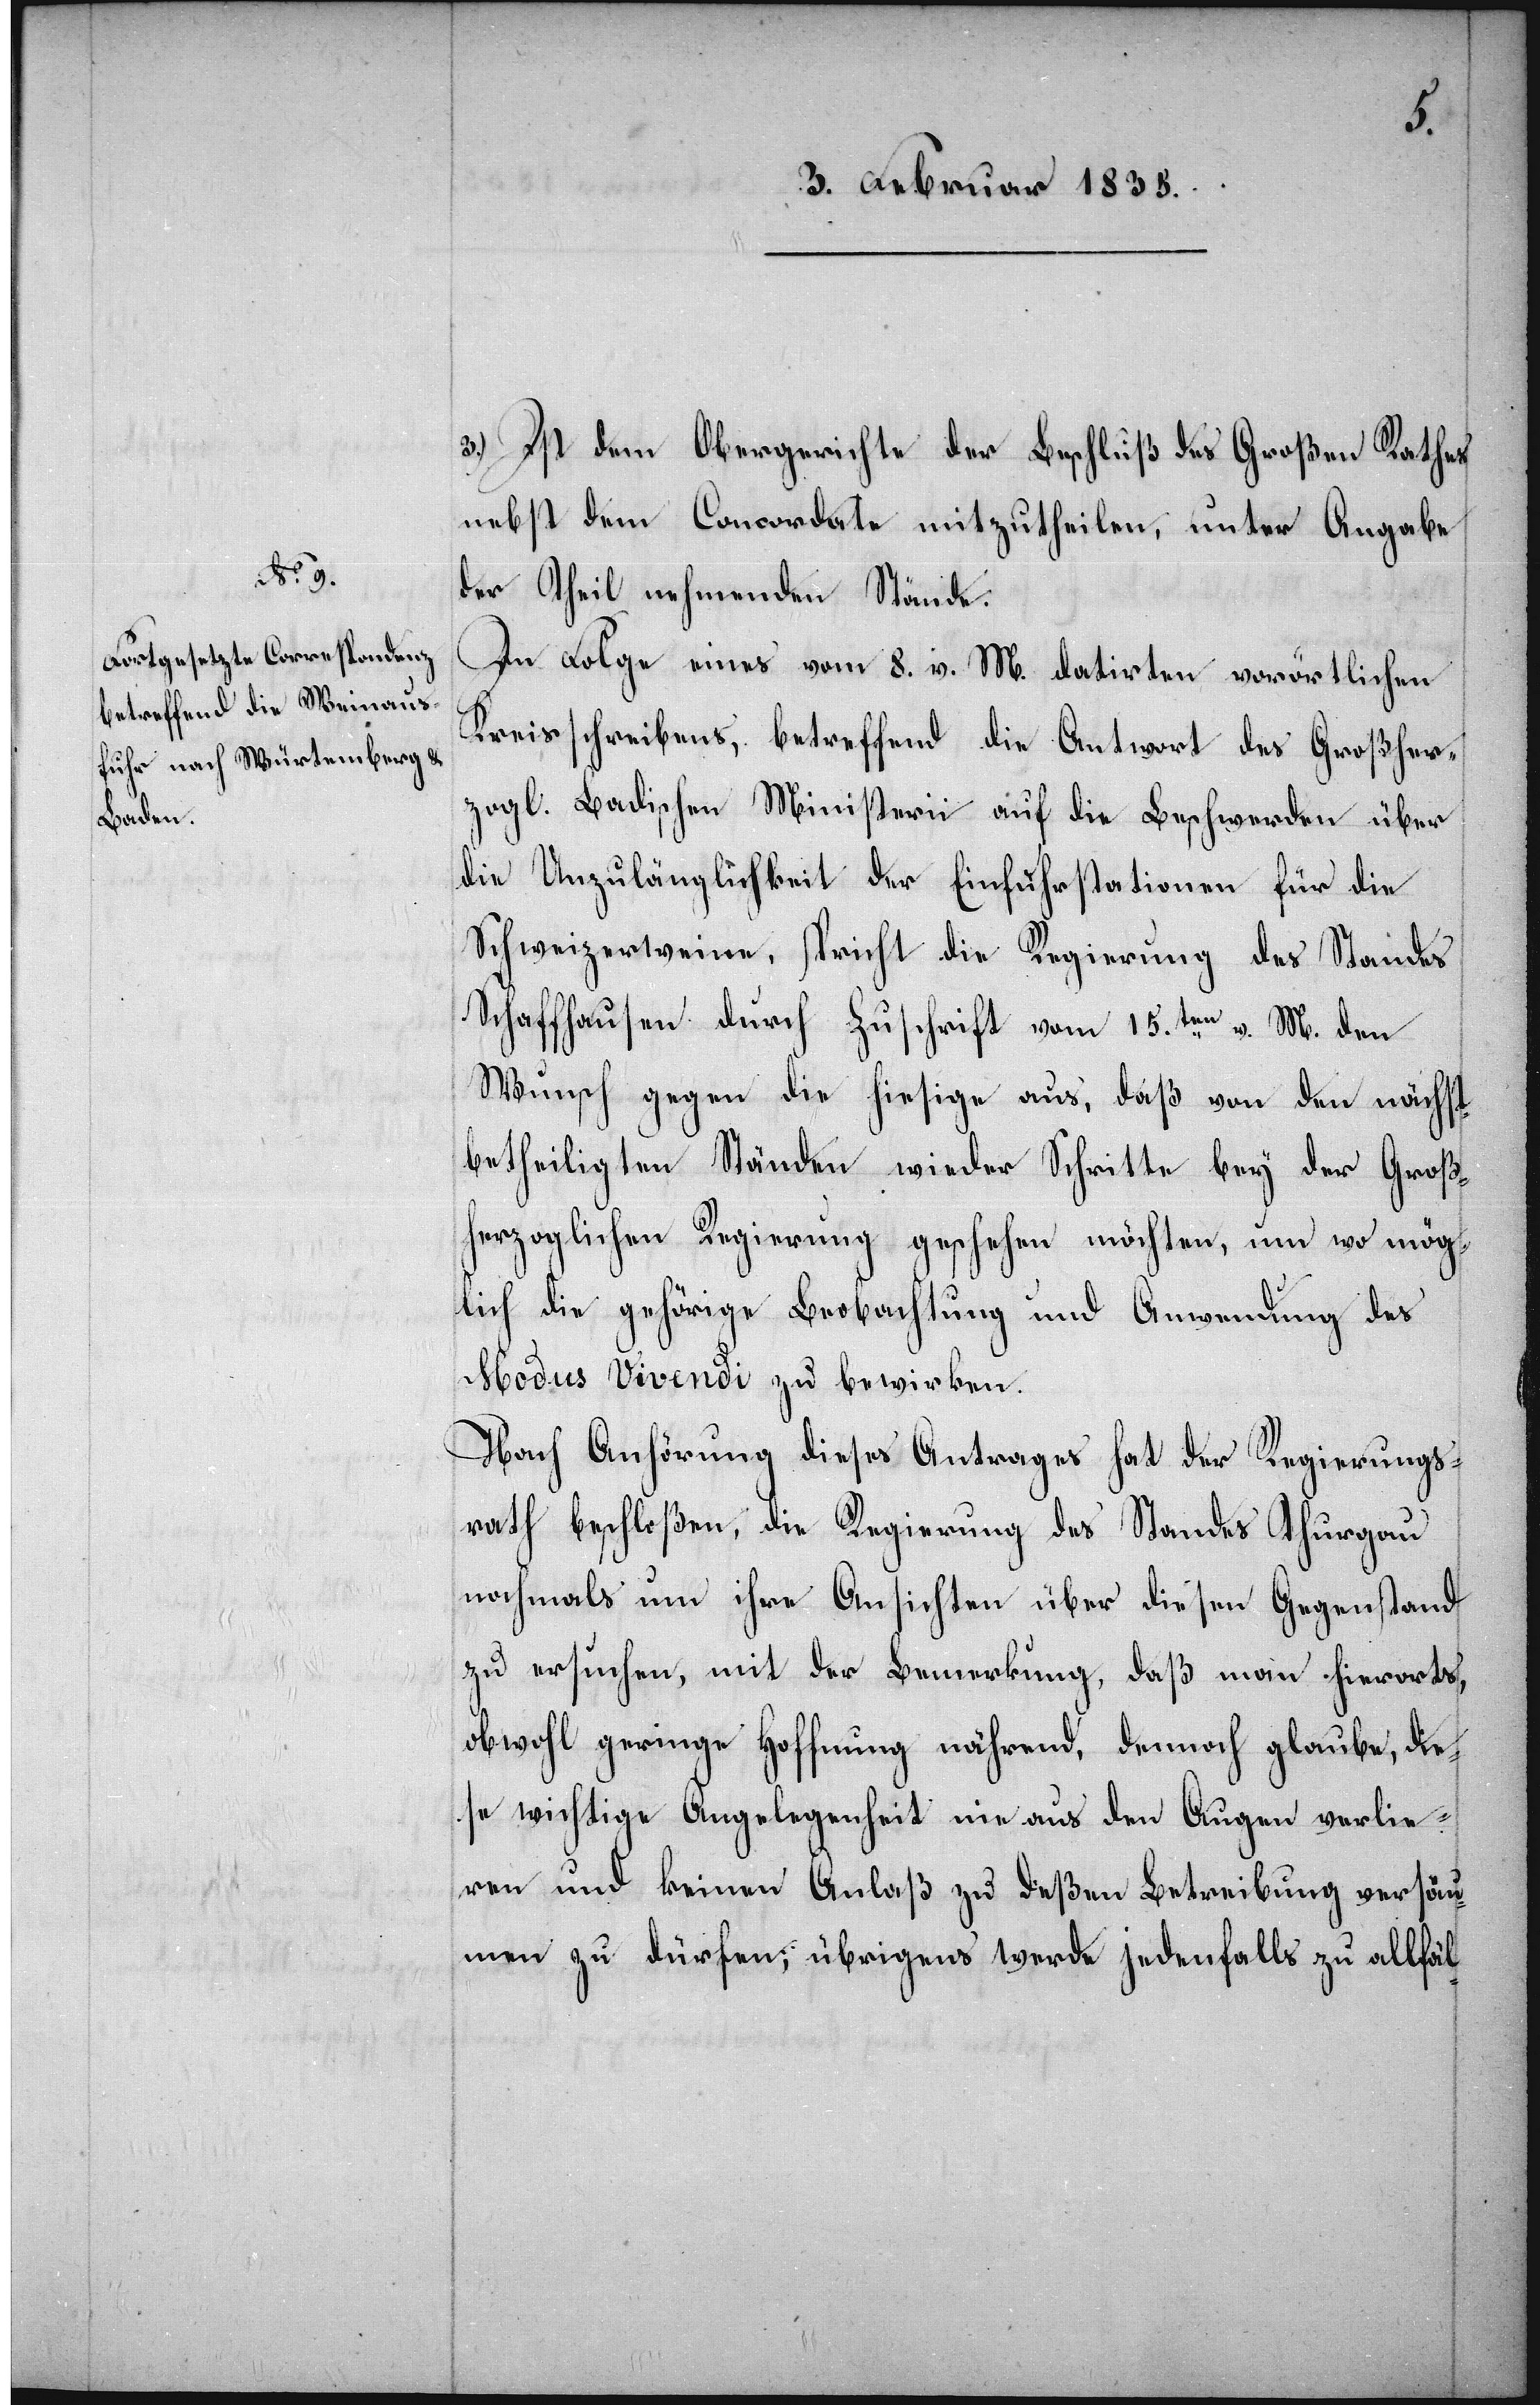
3.) Ist dem Obergerichte der Beschluß des Großen Rathes
nebst dem Concordate mitzutheilen, unter Angabe
der Theil nehmenden Stände.
In Folge eines vom 8. v. M. datirten vorörtlichen
Kreisschreibens, betreffend die Antwort des Großher¬
zogl. Badischen Ministerii auf die Beschwerden über
die Unzulänglichkeit der Einfuhrstationen für die
Schweizerweine, spricht die Regierung des Standes
Schaffhausen durch Zuschrift vom 15ten v. M. den
Wunsch gegen die hiesige aus, daß von den nächst¬
betheiligten Ständen wieder Schritte bey der Groß¬
herzoglichen Regierung geschehen möchten, um wo mög¬
lich die gehörige Beobachtung und Anwendung des
Modus Vivendi zu bewirken.
Nach Anhörung dieses Antrages hat der Regierungs¬
rath beschloßen, die Regierung des Standes Thurgau
nochmals um ihre Ansichten über diesen Gegenstand
zu ersuchen, mit der Bemerkung, daß man hierorts,
obwohl geringe Hoffnung nährend, dennoch glaube, die¬
se wichtige Angelegenheit nie aus den Augen verlie¬
ren und keinen Anlaß zu deßen Betreibung versäu¬
men zu dürfen; übrigens werde jedenfalls zu allfäl-